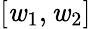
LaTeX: [\mathit{w}_{1},\mathit{w}_{2}]